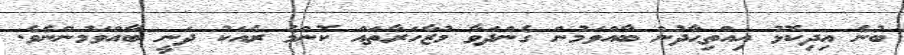
ބުނެ އިދިކޮޅު އިއްތިޙާދުން ބާއްވަމުން ގެންދަވާ މުޒާހަރާތައް ކޮންމެ ރެއަކު ދަނީ ބާއްވަމުންނެވެ.